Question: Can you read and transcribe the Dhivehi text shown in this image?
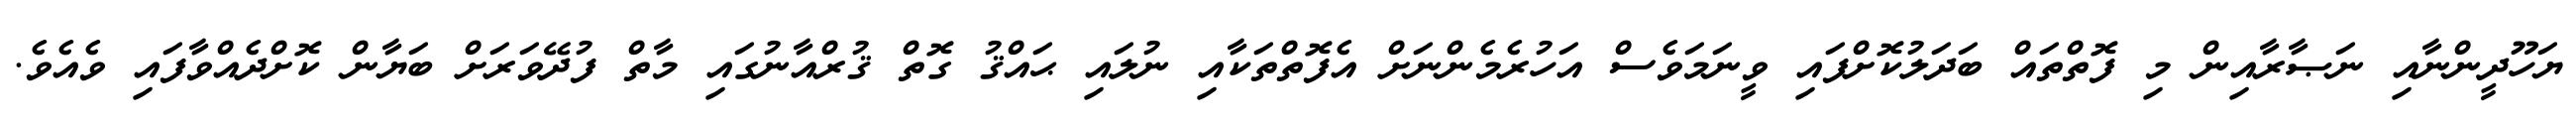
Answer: ޔަހޫދީންނާއި ނަޞާރާއިން މި ފޮތްތައް ބަދަލުކޮށްފައި ވީނަމަވެސް އަހުރެމެންނަށް އެފޮތްތަކާއި ނުލައި ޙައްޤު ގޮތް ޤުރްއާނުގައި މާތް ފުދޭވަރަށް ބަޔާން ކޮށްދެއްވާފައި ވެއެވެ.